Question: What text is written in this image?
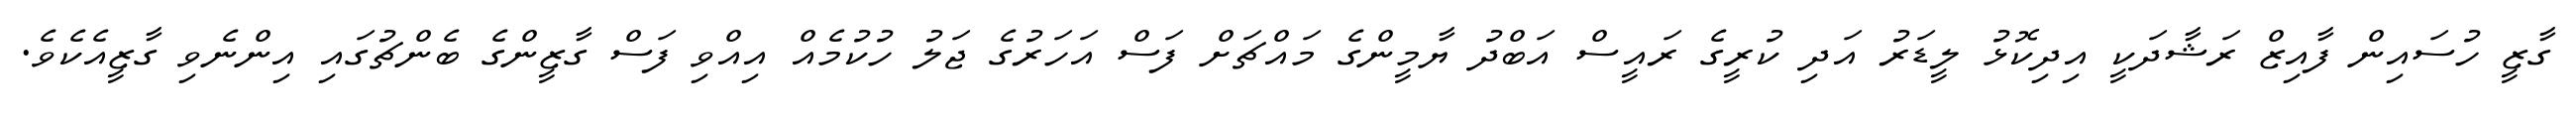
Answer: ގާޒީ ހުސައިން ފާއިޒް ރަޝާދަކީ އިދިކޮޅު ލީޑަރު އަދި ކުރީގެ ރައީސް އަބްދު ޔާމީންގެ މައްޗަށް ފަސް އަހަރުގެ ޖަލު ހުކުމެއް އިއްވި ފަސް ގާޒީންގެ ބެންޗުގައި އިންނެވި ގާޒީއެކެވެ.